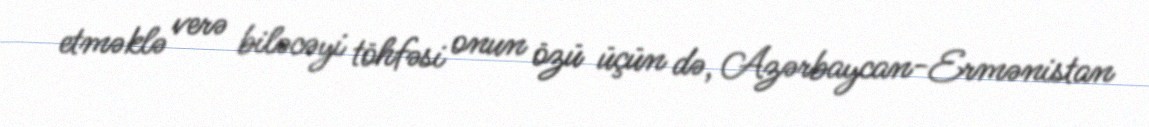
etməklə verə biləcəyi töhfəsi onun özü üçün də, Azərbaycan-Ermənistan